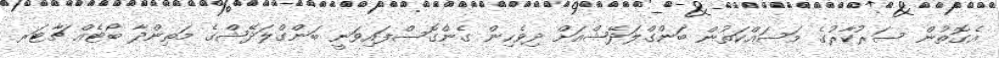
އެގޮތުން ސަރުކާރުގެ މަސައްކަތުން ބަންގްލަދޭޝްއަށް ދިވެހިން ގެންގޮސްފައިވަނީ ބަންގްލަދޭޝްގެ މަތިންދާ ބޯޓެއް ޗާޓަރ